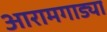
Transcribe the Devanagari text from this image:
आरामगाड्या